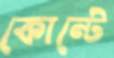
কোন্টে